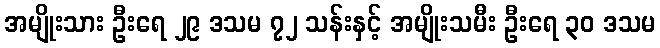
အမျိုးသား ဦးရေ ၂၉ ဒသမ ၇၂ သန်းနှင့် အမျိုးသမီး ဦးရေ ၃၀ ဒသမ